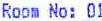
ROOM NO: 01